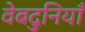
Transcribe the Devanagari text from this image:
वेबदुनियाँ